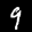
Label: 9